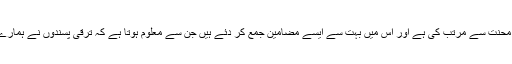
زیر نظر کتاب انہوں نے نہایت محنت سے مرتب کی ہے اور اس میں بہت سے ایسے مضامین جمع کر دئے ہیں جن سے معلوم ہوتا ہے کہ ترقی پسندوں نے ہمارے ادب کو کتنا "باثروت"بتایا ہے۔